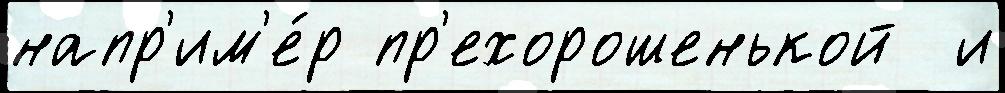
напр'им'е́р пр'ехорошенькой  и